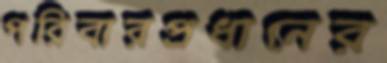
পরিবারপ্রধানের